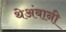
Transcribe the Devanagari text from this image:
थेअंबानी